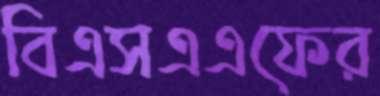
বিএসএএফের